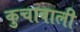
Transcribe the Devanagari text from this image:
कुचावाली